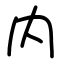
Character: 内